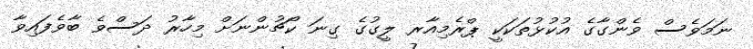
ނަމަވެސް ވެންގާގެ އުކުޅުތަކަކީ ޕްރެމިއާރ ލީގުގެ ގިނަ ކޯޗުންނަށް މިހާރު ދަސްވެ ބާވެފައިވާ